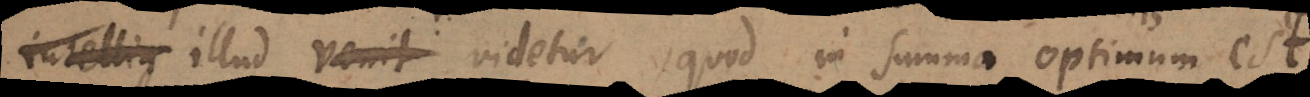
rebus illud videtur quod in summa optimum est